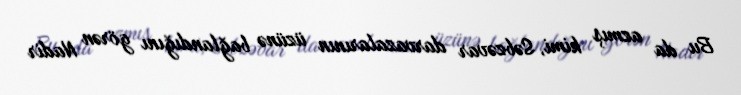
Bu da azmış kimi, Səbzəvar darvazalarının üzünə bağlandığını görən Nadir